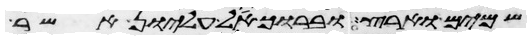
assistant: שמים וארץ וברוך אל עליון אשר